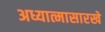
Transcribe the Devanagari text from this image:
अध्यात्मासारखे